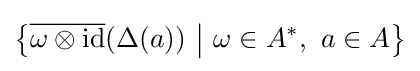
\left\{{\overline {\omega \otimes {\text{id}}}}(\Delta (a))~{\big |}~\omega \in A^{*},~a\in A\right\}